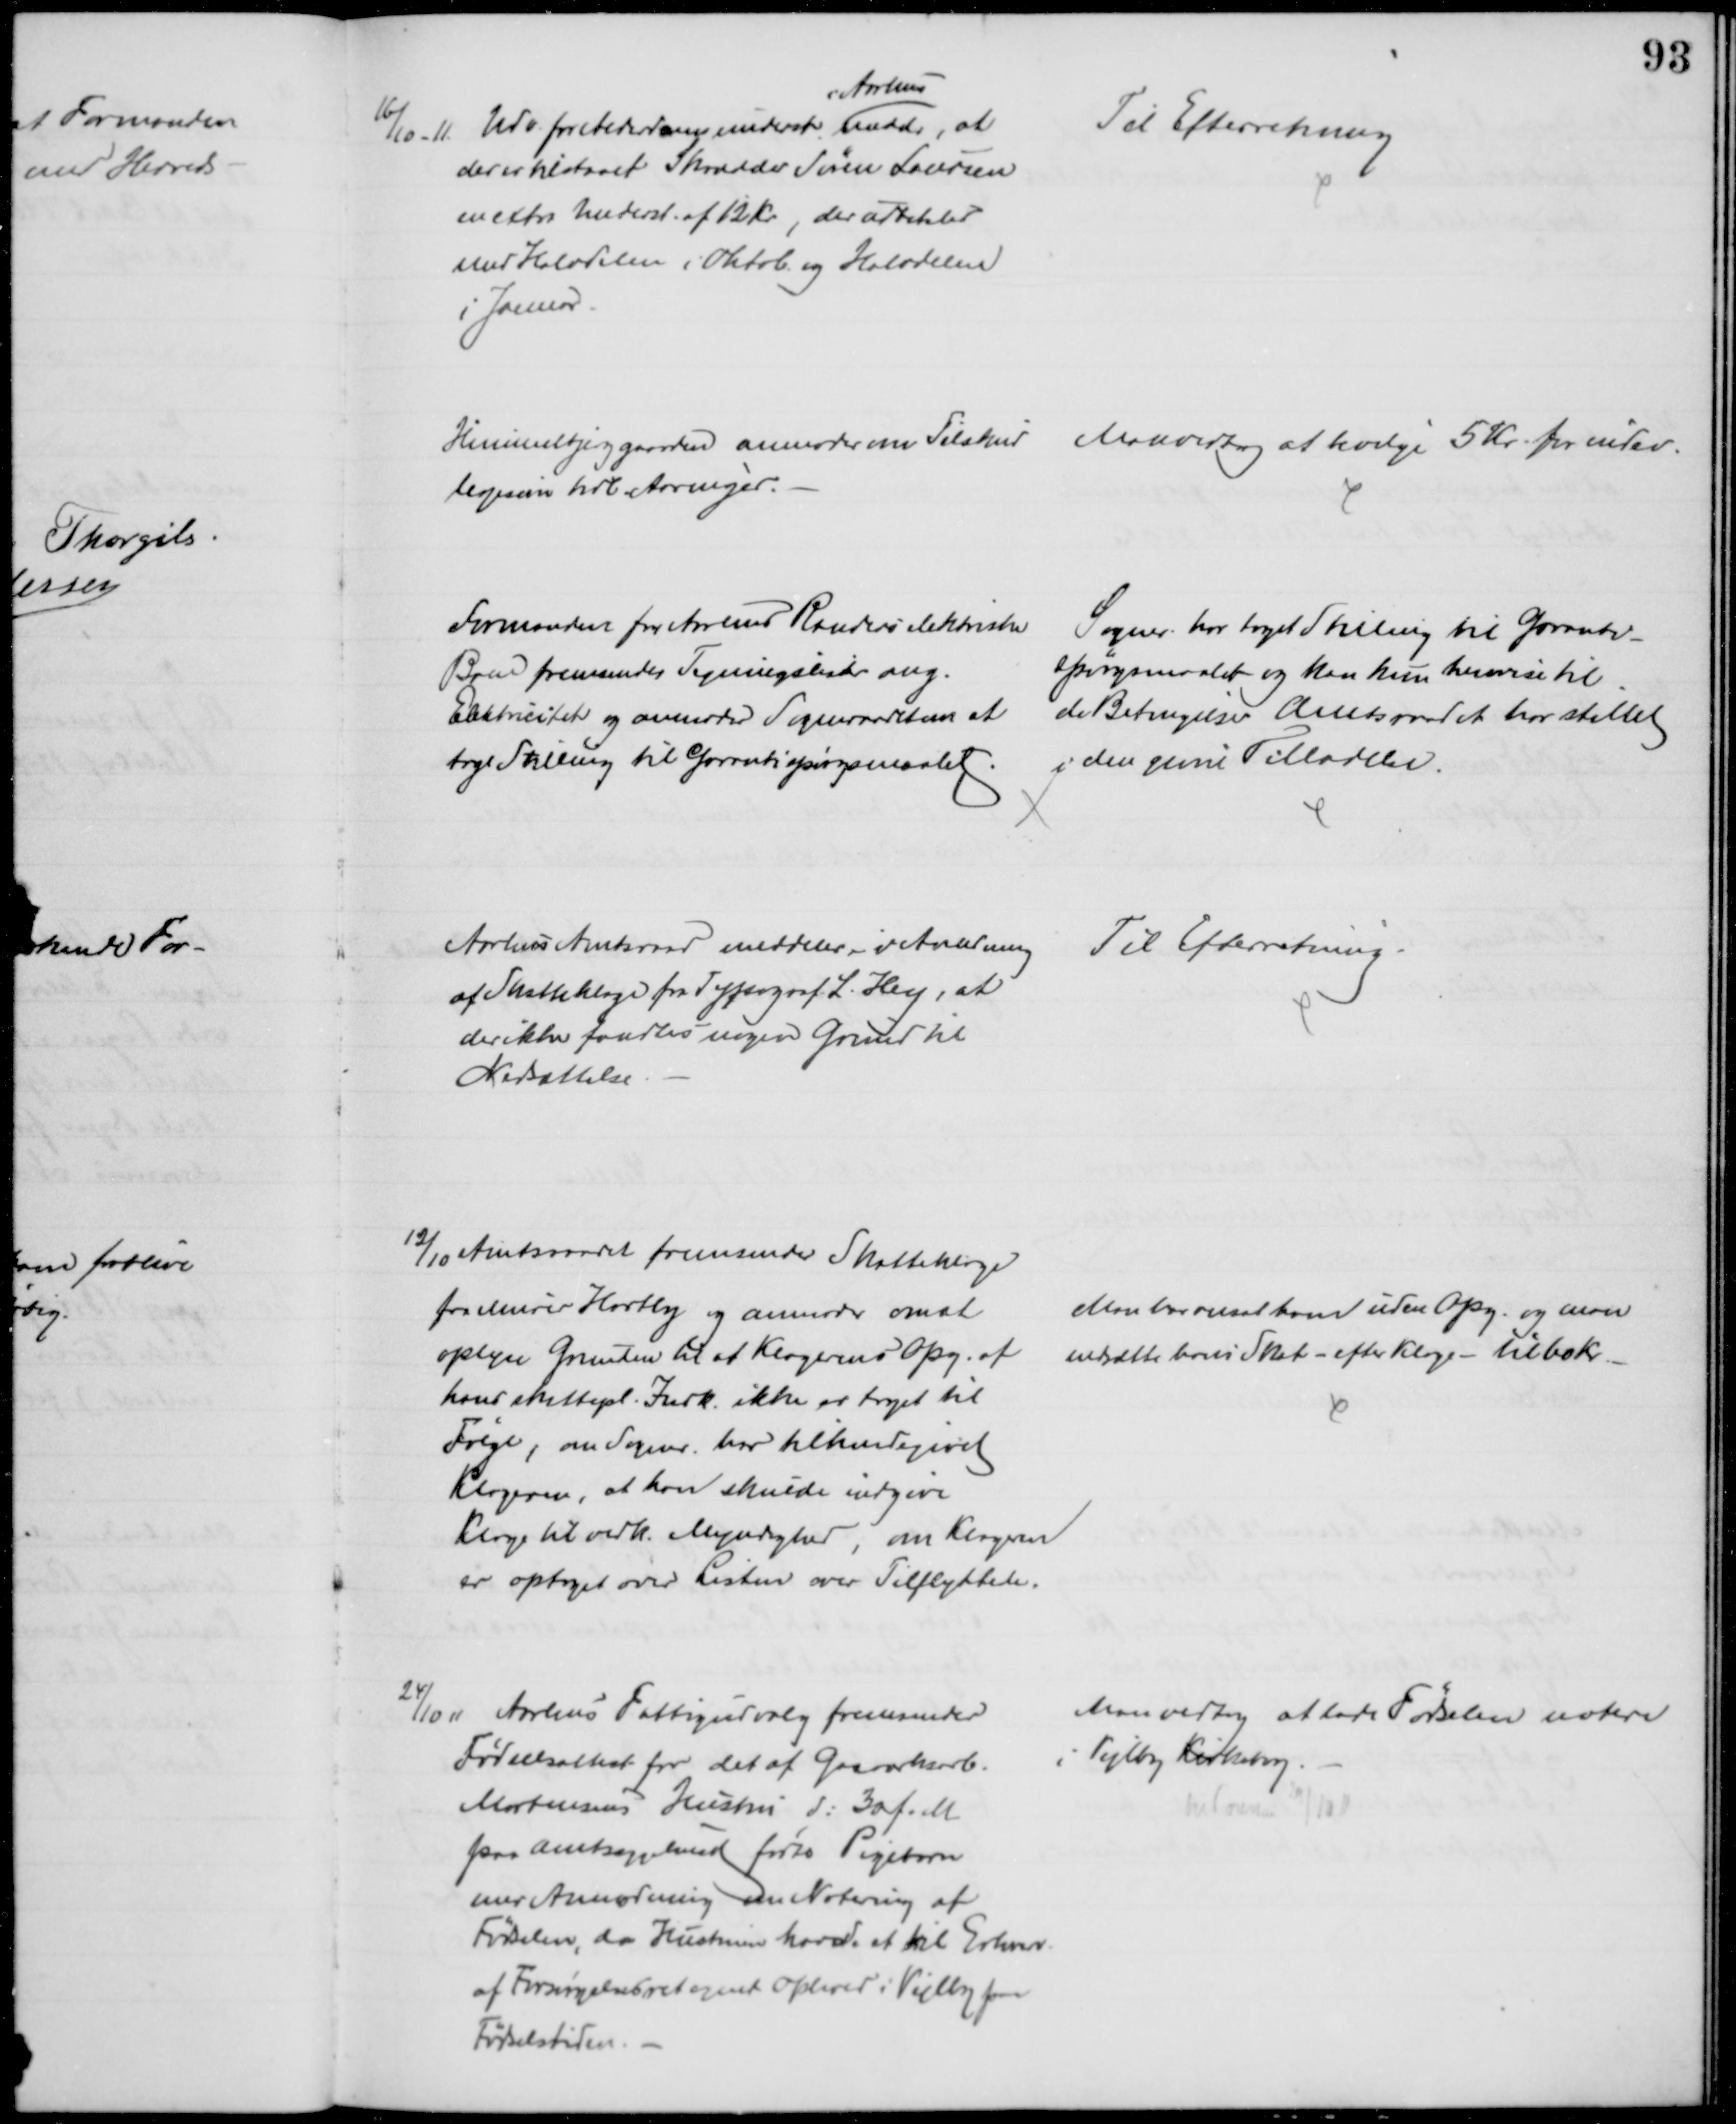
Transskription:
16/10 - 11. Udv. for Alderdomsunderst. 
i Aarhus
medd., at
der er tilstaaet Skrædder Søren Laursen
en extra Underst. af 12 kr., der udbetales
med Halvdelen i Oktob. og Halvdelen
i Januar
Til Efterretning
Himmelbjerggaarden anmoder om Tilskud 
ligesom til Aarringer.
Man vedtog at bevilge 5 Kr. for indev.
Formanden fra Aarhus Randers elektriske
Bane fremsender Tegningslister ang.
Elektricitet og anmoder Sogneraadet om at
tage Stilling til Garantispørgsmaalet.
Sogner. har taget Stilling til Garanti-
spørgsmaalet og kan kun henvise til 
de Betingelser Amtsraadet har stillet
i den givne Tilladelse.
Aarhus Amtsraad meddeler i Anledning
af Skatteklage fra Typograf L. Hey, at
der ikke fandtes nogen Grund til
Nedsættelse.
Til Efterretning.
12/10 Amtsraadet fremsender Skatteklage
fra Murer Hartly og anmoder om at
oplyse Grunden til at Klagerens Opg. af
hans skattepl. Indk. ikke er taget til 
Følge, om Sogner. har tilkendegivet
Klageren, at han skulde indgive
Klage til vedk. Myndighed, om Klageren
er optaget over Listen over Tilflyttede.
Man har ansat ham uden Opg. og man
nedsatte hans Skat - efter Klage - til 60 Kr.
24/10 11. Aarhus Fattigudvalg fremsender
Fødselsattest for det af Gasværksarb.
Mortensens Hustru d: 30 f. M
paa Amtssygehuset fødte Pigebarn
med Anmodning om Notering af
Fødselen, da Hustruen havde et til Erhverv
af Forsørgelsesret egnet Ophold i Vejlby paa
Fødselstiden.
Man vedtog at lade Fødselen notere
i Vejlby Kirkebog.
noteret 29/10 11